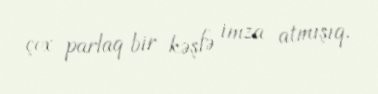
çox parlaq bir kəşfə imza atmışıq.